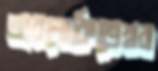
অবলোকিতেশ্বর